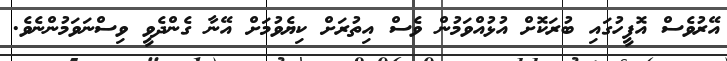
އޭރުވެސް އޮފީހުގައި ބުރަކޮށް އުޅުއްވަމުން ވެސް އިތުރަށް ކިޔެވުމަށް އޭނާ ގެންދެވީ ވިސްނަވަމުންނެވެ.